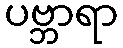
ပဗ္ဘာရာ